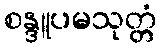
စန္ဒူပမသုတ္တံ